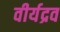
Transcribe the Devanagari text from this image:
वीर्यद्रव